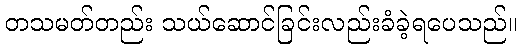
တသမတ်တည်း သယ်ဆောင်ခြင်းလည်းခံခဲ့ရပေသည်။